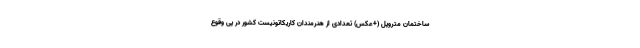
ساختمان متروپل (+عکس) تعدادی از هنرمندان کاریکاتونیست کشور در پی وقوع